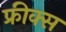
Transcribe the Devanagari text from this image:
फ्रीक्स